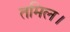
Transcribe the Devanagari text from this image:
तमिल।